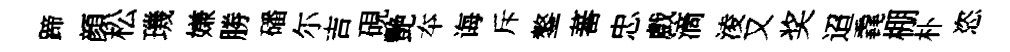
蹄顔松璣嫌勝磻尓吉硯艷夲诲斥鏊蕃忠戲滴淩又奖迢毳棚朴恣